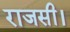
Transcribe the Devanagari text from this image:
राजसी।